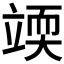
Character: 𰩥